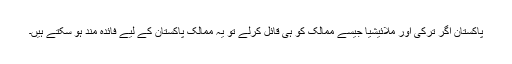
پاکستان اگر ترکی اور ملائیشیا جیسے ممالک کو ہی قائل کرلے تو یہ ممالک پاکستان کے لیے فائدہ مند ہو سکتے ہیں۔